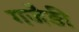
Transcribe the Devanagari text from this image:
गजैड़ी